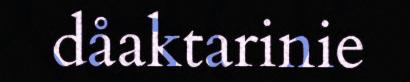
dåaktarinie